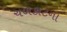
ચળકાટના